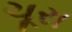
ચૂરા